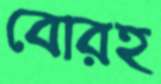
বোরহ